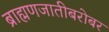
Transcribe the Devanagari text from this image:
ब्राह्मणजातीबरोबर